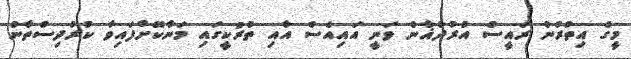
މީގެ އިތުރުން ރައީސް އުރުދުޣާން ވަނީ އައިއެސް އާއި ތުރުކީގައި މަނާކޮށްފައިވާ ކުރުދިސްތާނު